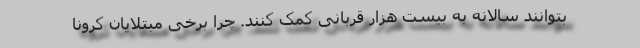
بتوانند سالانه به بیست هزار قربانی کمک کنند. چرا برخی مبتلایان کرونا